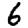
Digit: 6